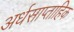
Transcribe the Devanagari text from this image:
अर्धसाप्ताहिक